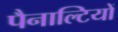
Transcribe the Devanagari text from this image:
पैनाल्टियों